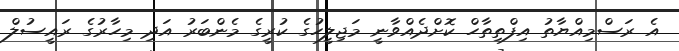
އެ ރަސްމިއްޔާތު އިފްތިތާހް ކޮށްދެއްވާނީ މަޖިލީހުގެ ކުރީގެ މެންބަރު އަދި މިހާރުގެ ރައީސުލް